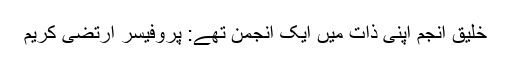
خلیق انجم اپنی ذات میں ایک انجمن تھے: پروفیسر ارتضیٰ کریم